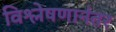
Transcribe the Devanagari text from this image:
विश्लेषणानंतर